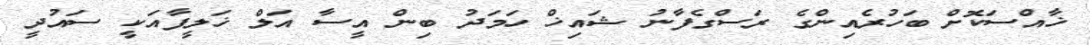
ޚާއްސަކޮށް ބަހުރެއިންގެ ރަސްގެފާނު ޝައިޚް ހަމަދު ބިން އީސާ އަލް ޚަލީފާއަކީ ސައުދީ